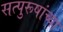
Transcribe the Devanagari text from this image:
सत्पुरूषांच्या